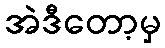
အဲဒီတော့မှ